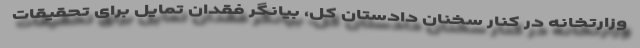
وزارتخانه در کنار سخنان دادستان کل، بیانگر فقدان تمایل برای تحقیقات